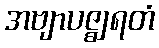
အဗျာပဇ္ဈရတံ